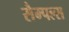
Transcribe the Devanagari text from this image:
सैम्पल्स